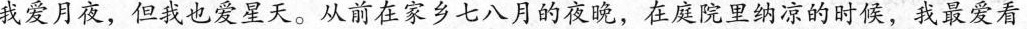
我爱月夜，但我也爱星天。从前在家乡七八月的夜晚，在庭院里纳凉的时候，我最爱看